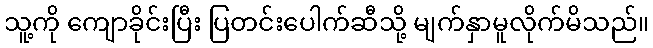
သူ့ကို ကျောခိုင်းပြီး ပြတင်းပေါက်ဆီသို့ မျက်နှာမူလိုက်မိသည်။